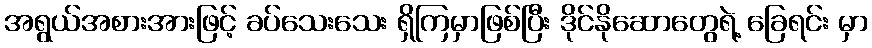
အရွယ်အစားအားဖြင့် ခပ်သေးသေး ရှိကြမှာဖြစ်ပြီး ဒိုင်နိုဆောတွေရဲ့ ခြေရင်း မှာ